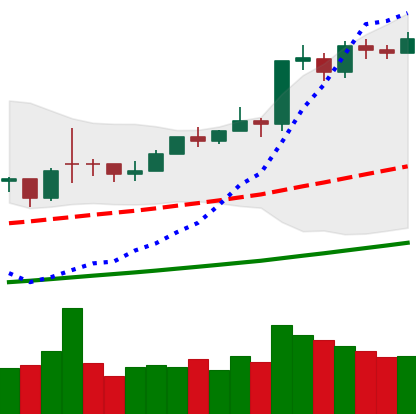
Ticker: BTC-USD
Chart end date: 2021-02-14
Forward return: 14.719%
Label: up_7plus